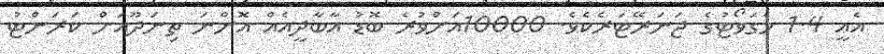
އެއީ 1.4 މެގަވޯޓުގެ ޖަނަރޭޓަރެކެވެ. 10000އަށްުވުރެ ބޮޑު އާބާދީއެއް އޮންނަ ތިނަދޫއަށް ކަރަންޓު